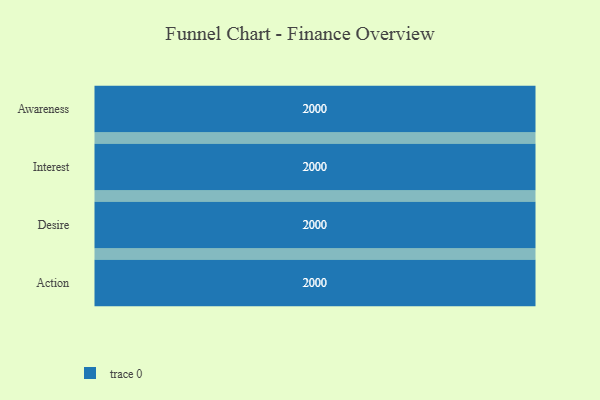
{"axis": {"x": "Stage", "y": "Value"}, "legend": [""], "data": [{"x": "Awareness", "y": 2000, "type": ""}, {"x": "Interest", "y": 2000, "type": ""}, {"x": "Desire", "y": 2000, "type": ""}, {"x": "Action", "y": 2000, "type": ""}]}